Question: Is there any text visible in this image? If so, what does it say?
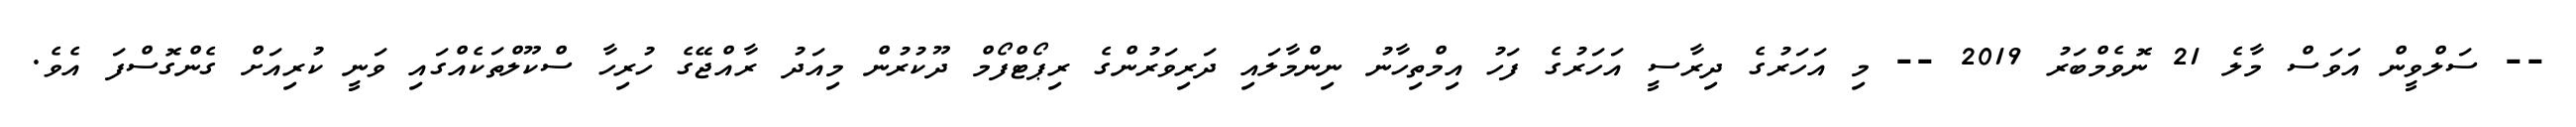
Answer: -- ސަލްވީން އަވަސް މާލެ 21 ނޮވެމްބަރު 2019 -- މި އަހަރުގެ ދިރާސީ އަހަރުގެ ފަހު އިމްތިހާނު ނިންމާލައި ދަރިވަރުންގެ ރިޕޯޓްފޯމް ދޫކުރުން މިއަދު ރާއްޖޭގެ ހުރިހާ ސްކޫލްތަކެއްގައި ވަނީ ކުރިއަށް ގެންގޮސްފަ އެވެ.